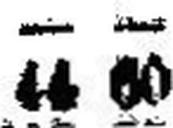
44 60